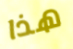
هذا